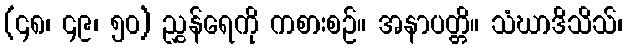
(၄၈၊ ၄၉၊ ၅၀) ညွှန်ရေကို ကစားစဉ်။ အနာပတ္တိ။ သံဃာဒိသိသ်၊